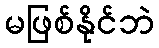
မဖြစ်နိုင်ဘဲ